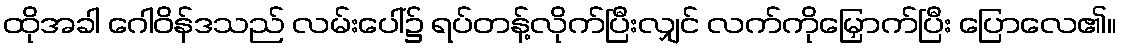
ထိုအခါ ဂေါဝိန်ဒသည် လမ်းပေါ်၌ ရပ်တန့်လိုက်ပြီးလျှင် လက်ကိုမြှောက်ပြီး ပြောလေ၏။